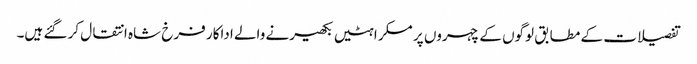
تفصیلات کے مطابق لوگوں کے چہروں پر مسکراہٹیں بکھیرنے والے اداکار فرخ شاہ انتقال کر گئے ہیں۔